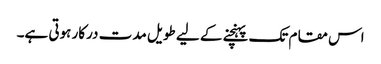
اس مقام تک پہنچنے کے لیے طویل مدت درکار ہوتی ہے۔